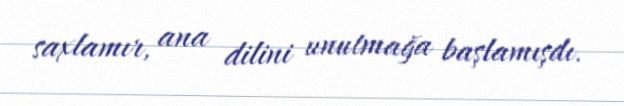
saxlamır, ana dilini unutmağa başlamışdı.